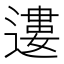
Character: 遱